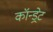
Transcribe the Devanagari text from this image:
कॉन्ड्रेट